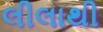
લીલાથી